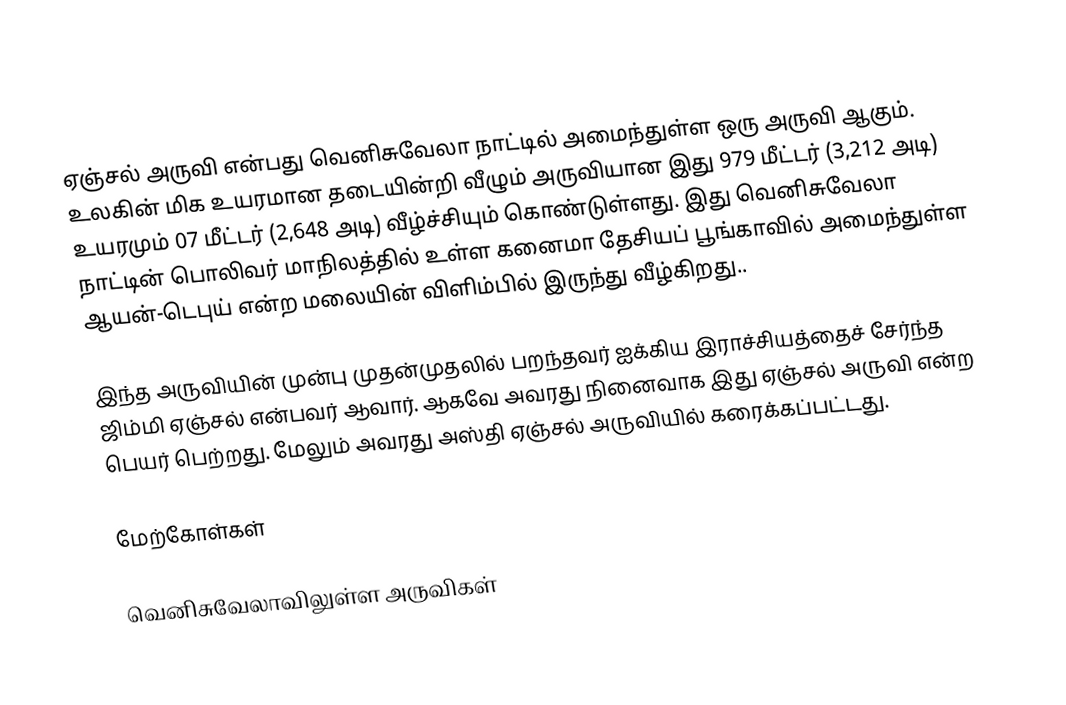
ஏஞ்சல் அருவி என்பது வெனிசுவேலா நாட்டில் அமைந்துள்ள ஒரு அருவி ஆகும். உலகின் மிக உயரமான தடையின்றி வீழும் அருவியான இது 979 மீட்டர் (3,212 அடி) உயரமும்  07 மீட்டர் (2,648 அடி) வீழ்ச்சியும் கொண்டுள்ளது. இது வெனிசுவேலா நாட்டின் பொலிவர் மாநிலத்தில் உள்ள கனைமா தேசியப் பூங்காவில்  அமைந்துள்ள ஆயன்-டெபுய் என்ற மலையின் விளிம்பில் இருந்து வீழ்கிறது..

இந்த அருவியின் முன்பு முதன்முதலில் பறந்தவர் ஐக்கிய இராச்சியத்தைச் சேர்ந்த ஜிம்மி ஏஞ்சல் என்பவர் ஆவார். ஆகவே அவரது நினைவாக இது ஏஞ்சல் அருவி என்ற பெயர் பெற்றது. மேலும் அவரது அஸ்தி ஏஞ்சல் அருவியில் கரைக்கப்பட்டது.

மேற்கோள்கள்

வெனிசுவேலாவிலுள்ள அருவிகள்